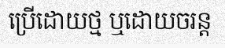
ប្រើដោយថ្ម ឬដោយចរន្ត